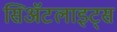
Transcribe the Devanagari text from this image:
सिॲटलाइट्स